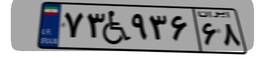
۷۳W۹۳۶۶۸